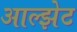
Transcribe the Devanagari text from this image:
आल्झेट